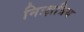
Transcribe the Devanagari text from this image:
निःक्षत्रिय